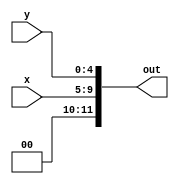
module Operation_0(
    input [4:0] x,
    input [4:0] y,
    output reg [11:0] out
    );

always @(*) begin
    out[11:10] = 2'b00;
    out[9:5] = x;
    out[4:0] = y;
end

endmodule